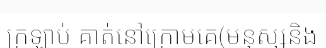
ក្រឡាប់ គាត់នៅក្រោមគេ(មនុស្សនិង